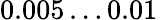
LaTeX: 0.005\dots 0.01\